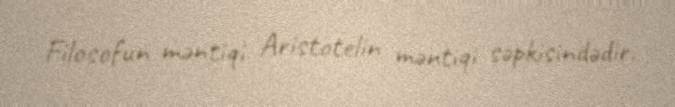
Filosofun məntiqi Aristotelin məntiqi səpkisindədir.